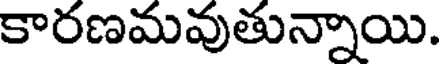
కారణమవుతున్నాయి.